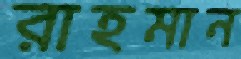
রাহমান